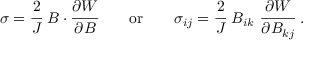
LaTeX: { \boldsymbol { \sigma } } = { \cfrac { 2 } { J } } ~ { \boldsymbol { B } } \cdot { \cfrac { \partial W } { \partial { \boldsymbol { B } } } } \qquad { \mathrm { o r } } \qquad \sigma _ { i j } = { \cfrac { 2 } { J } } ~ B _ { i k } ~ { \cfrac { \partial W } { \partial B _ { k j } } } ~ .